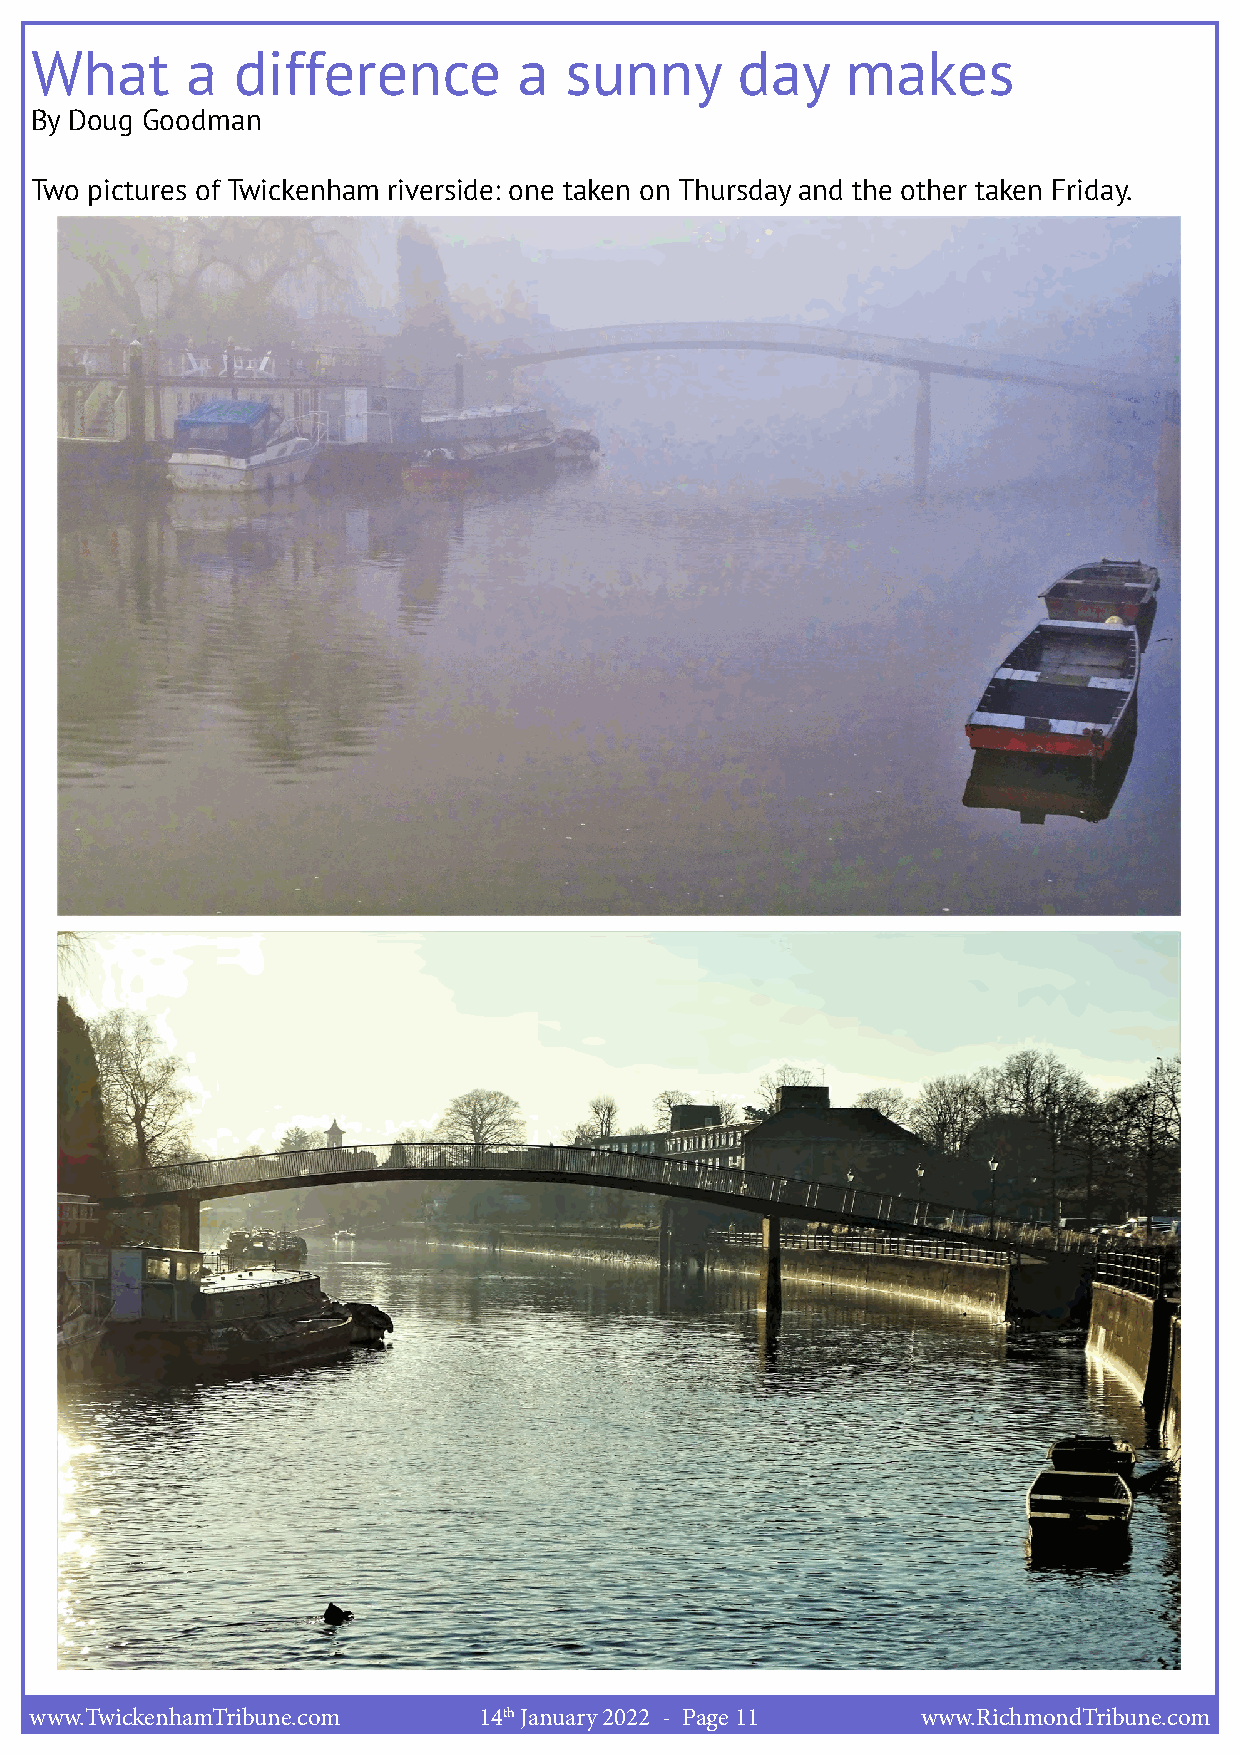
What      a  difference         a  sunny       day    makes
 By Doug Goodman
 Two pictures of Twickenham riverside: one taken on Thursday and the other taken Friday.
 www.TwickenhamTribune.com     14th January 2022 - Page 11  www.RichmondTribune.com